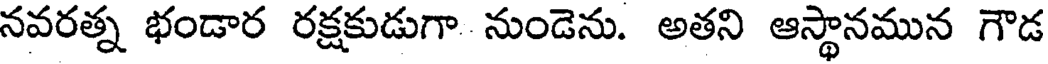
నవరత్న భండార రక్షకుడుగా నుండెను. అతని ఆస్థానమున గౌడ